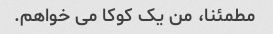
مطمئنا، من یک کوکا می خواهم.